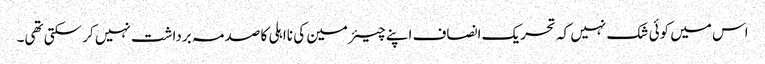
اس میں کوئی شک نہیں کہ تحریک انصاف اپنے چیئرمین کی نااہلی کا صدمہ برداشت نہیں کر سکتی تھی۔